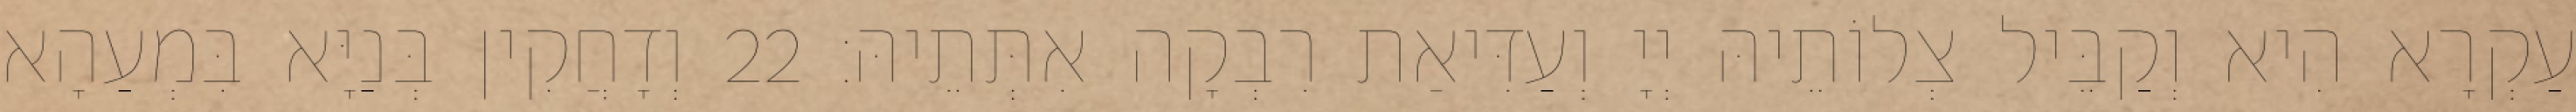
עַקְרָא הִיא וְקַבֵּיל צְלוֹתֵיהּ יְיָ וְעַדִּיאַת רִבְקָה אִתְּתֵיהּ׃ 22 וְדָחֲקִין בְּנַיָּא בִּמְעַהָא